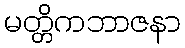
မတ္တိကဘာဇနာ